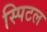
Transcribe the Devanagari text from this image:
स्पिटल